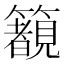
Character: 𱸰